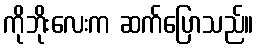
ကိုဘိုးလေးက ဆက်ပြောသည်။